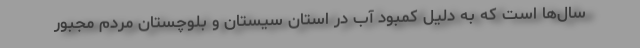
سال‌ها است که به دلیل کمبود آب در استان سیستان و بلوچستان مردم مجبور